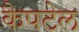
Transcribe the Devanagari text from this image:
कैपटेल